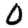
Digit: 0